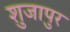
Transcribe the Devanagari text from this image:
शुजापुर